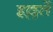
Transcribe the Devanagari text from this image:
इल्लतें